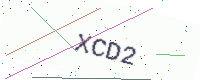
Text: XCD2